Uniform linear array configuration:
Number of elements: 24
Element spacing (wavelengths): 0.75
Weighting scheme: kaiser
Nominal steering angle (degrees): -45
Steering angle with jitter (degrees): -46.976
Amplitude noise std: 0.05
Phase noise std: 0.05

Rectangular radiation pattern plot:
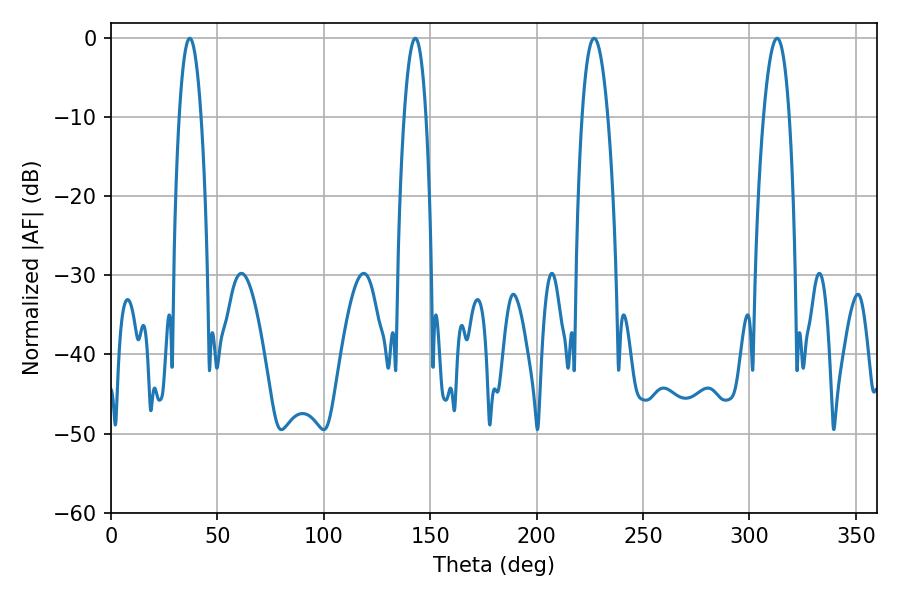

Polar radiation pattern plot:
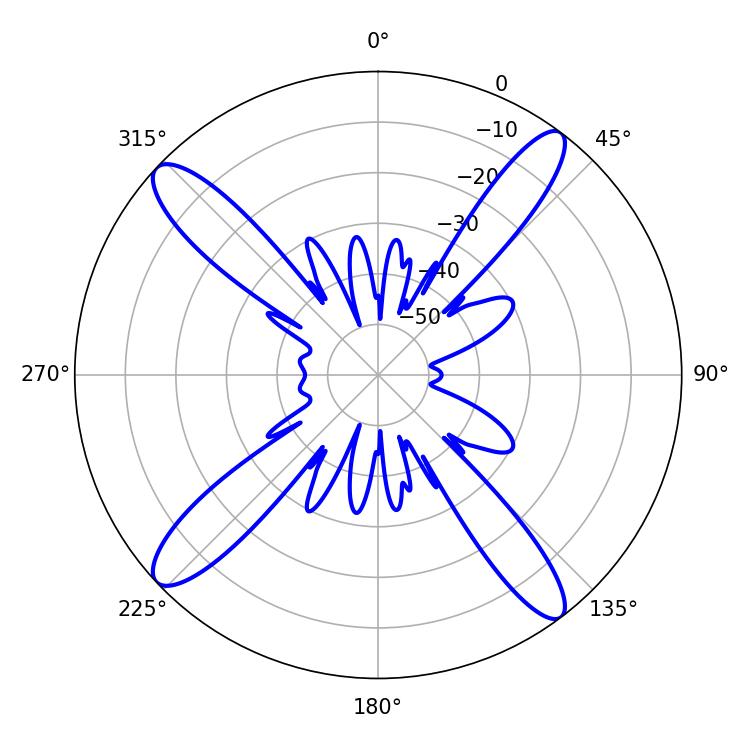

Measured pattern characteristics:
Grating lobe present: TRUE
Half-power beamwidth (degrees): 6.66
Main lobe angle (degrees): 226.98